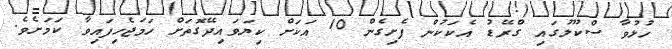
ހުޅުވާ ސްކޫލުގައި ގްރޭޑު އެކަކުން ފެށިގެން 10 އަކަށް ކިޔަވައިދޭގޮތަށް ހަމަޖެހިފައިވާ ކަމަށެވެ.